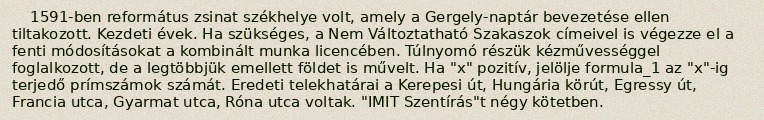
1591-ben református zsinat székhelye volt, amely a Gergely-naptár bevezetése ellen tiltakozott. Kezdeti évek. Ha szükséges, a Nem Változtatható Szakaszok címeivel is végezze el a fenti módosításokat a kombinált munka licencében. Túlnyomó részük kézművességgel foglalkozott, de a legtöbbjük emellett földet is művelt. Ha "x" pozitív, jelölje formula_1 az "x"-ig terjedő prímszámok számát. Eredeti telekhatárai a Kerepesi út, Hungária körút, Egressy út, Francia utca, Gyarmat utca, Róna utca voltak. "IMIT Szentírás"t négy kötetben.